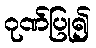
ဂုဏ်ပြု၍